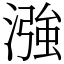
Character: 漒